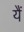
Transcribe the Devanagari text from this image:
यैं